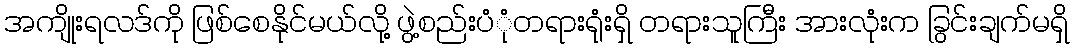
အကျိုးရလဒ်ကို ဖြစ်စေနိုင်မယ်လို့ ဖွဲ့စည်းပံုံတရားရုံးရှိ တရားသူကြီး အားလုံးက ခြွင်းချက်မရှိ